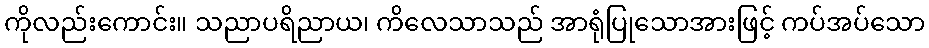
ကိုလည်းကောင်း။ သညာပရိညာယ၊ ကိလေသာသည် အာရုံပြုသောအားဖြင့် ကပ်အပ်သော